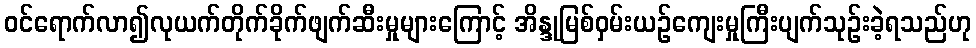
ဝင်ရောက်လာ၍လုယက်တိုက်ခိုက်ဖျက်ဆီးမှုများကြောင့် အိန္ဒုမြစ်ဝှမ်းယဉ်ကျေးမှုကြီးပျက်သုဉ်းခဲ့ရသည်ဟု